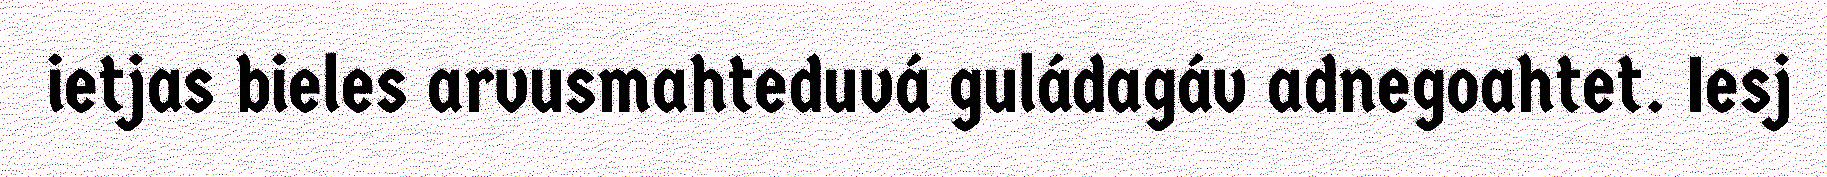
ietjas bieles arvusmahteduvá guládagáv adnegoahtet. Iesj